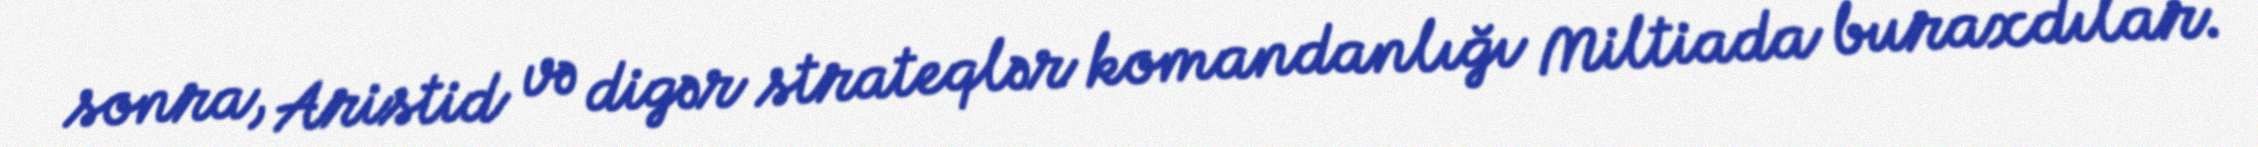
sonra, Aristid və digər strateqlər komandanlığı Miltiada buraxdılar.